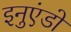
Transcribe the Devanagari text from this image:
इनुएंडो